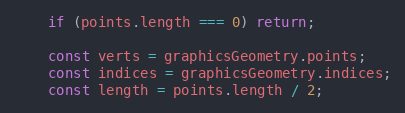
Language: JavaScript
    if (points.length === 0) return;

    const verts = graphicsGeometry.points;
    const indices = graphicsGeometry.indices;
    const length = points.length / 2;